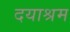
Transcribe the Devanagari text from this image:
दयाश्रम